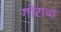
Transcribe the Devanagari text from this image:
गोराबा